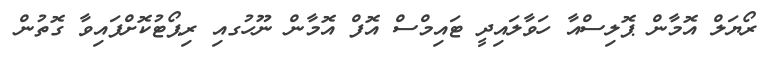
ރޯޔަލް އޮމާން ޕޮލިސްއާ ހަވާލައިދީ ޓައިމްސް އޮފް އޮމާން ނޫހުގއި ރިޕޯޓުކޮށްފައިވާ ގޮތުން